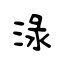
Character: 淥